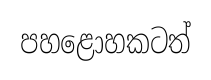
පහළොහකටත්